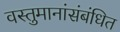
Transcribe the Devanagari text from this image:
वस्तुमानांसंबंधित